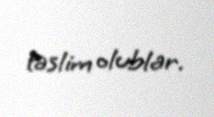
təslim olublar.